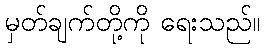
မှတ်ချက်တို့ကို ရေးသည်။